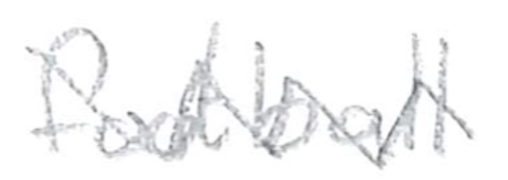
Text: football
Cross-out: mix
Writing tool: pencil